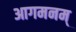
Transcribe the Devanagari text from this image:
आगमनम्